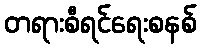
တရားစီရင်ရေးစနစ်